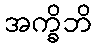
အက္ခိဘိ